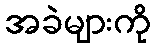
အခဲများကို